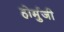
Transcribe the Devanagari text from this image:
होर्मुजी